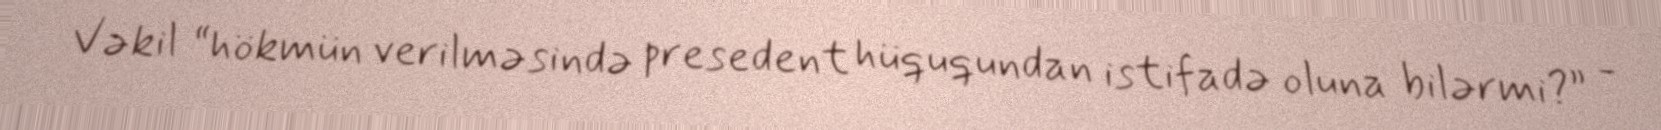
Vəkil “hökmün verilməsində presedent hüququndan istifadə oluna bilərmi?” -